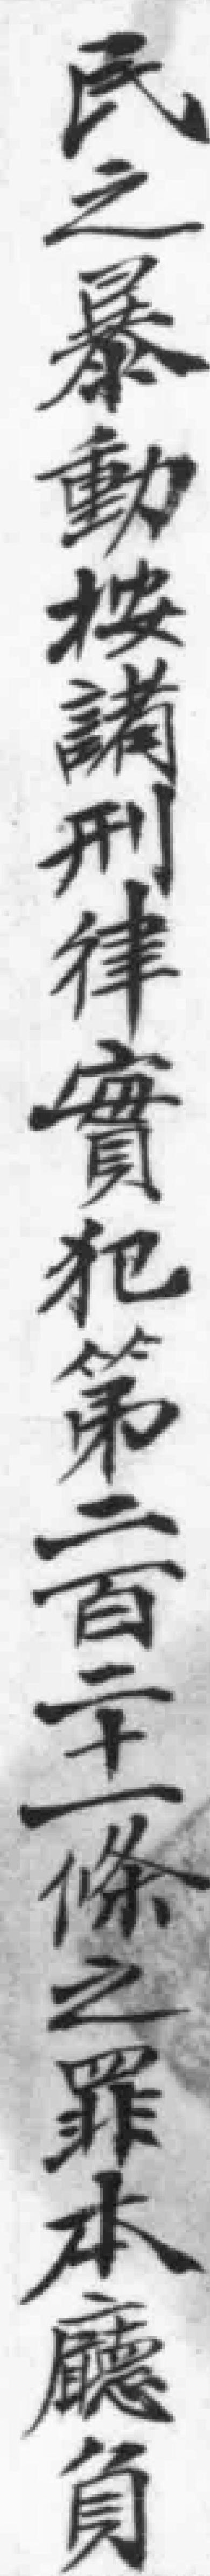
民之暴動按諸刑律實犯第二百年二十一條之罪本廳負